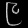
Digit: ၉